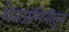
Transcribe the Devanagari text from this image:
शेतजमिनीतून